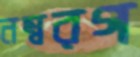
নম্বরগ